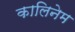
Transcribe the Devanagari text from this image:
कालिनेम